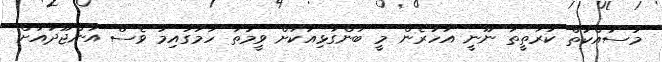
މަސައްކަތް ކުރާތީތަ ނޫނީ އަހަރެން މީ ބަންގާޅިއަކަށް ވީމަތަ ހަމަގައިމު ވެސް އަންޖޫދާއަށް